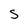
Character: 5